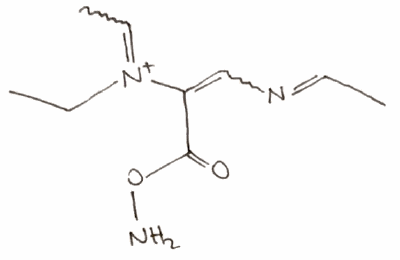
Simplified molecular-input line-entry system (SMILES) notation of the given molecule:
CC[N+](=CC)C(=CN=CC)C(=O)ON